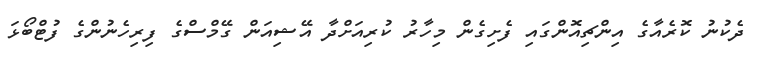
ދެކުނު ކޮރެއާގެ އިންޗިއޮންގައި ފެށިގެން މިހާރު ކުރިއަށްދާ އޭޝިއަން ގޭމްސްގެ ފިރިހެނުންގެ ފުޓްބޯޅަ